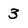
Character: 3